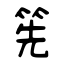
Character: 筅